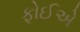
ફોઈએ